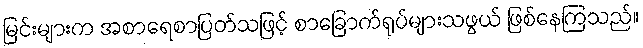
မြင်းများက အစာရေစာပြတ်သဖြင့် စာခြောက်ရုပ်များသဖွယ် ဖြစ်နေကြသည်။